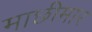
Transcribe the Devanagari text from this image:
माछीमार